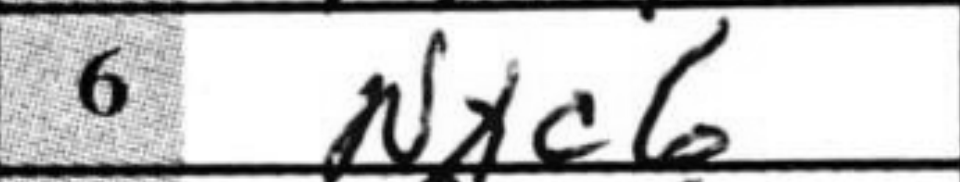
Transcription: Nxc6